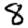
Digit: 8